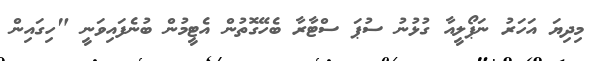
މިދިޔަ އަހަރު ނަޕޯލީއާ ގުޅުނު ސުޕަ ސްޓާރާ ބެހޭގޮތުން އެޓީމުން ބުނެފައިވަނީ "ހިގައިން